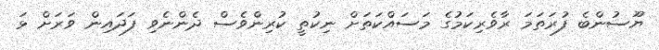
ޔޫސުންބެ ފުރަތަމަ ރާވެރިކަމުގެ މަސައްކަތަށް ނިކުތީ ކުރިންވެސް ދެންނެވި ފަދައިން ވަރަށް ޅަ